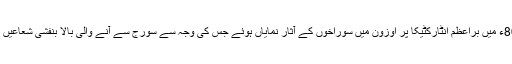
سائنسی تحقیق کے مطابق 1979-80ء میں براعظم انٹارکٹیکا پر اوزون میں سوراخوں کے آثار نمایاں ہوئے جس کی وجہ سے سورج سے آنے والی بالا بنفشی شعاعیں براہ راست زمین پر پہنچتی رہیں ہیں۔